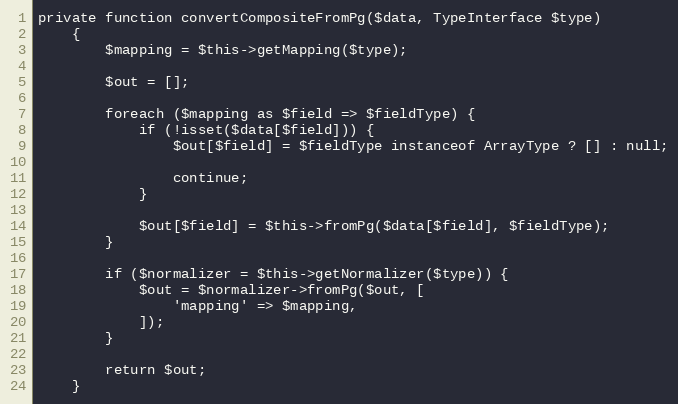
Language: PHP
private function convertCompositeFromPg($data, TypeInterface $type)
    {
        $mapping = $this->getMapping($type);

        $out = [];

        foreach ($mapping as $field => $fieldType) {
            if (!isset($data[$field])) {
                $out[$field] = $fieldType instanceof ArrayType ? [] : null;

                continue;
            }

            $out[$field] = $this->fromPg($data[$field], $fieldType);
        }

        if ($normalizer = $this->getNormalizer($type)) {
            $out = $normalizer->fromPg($out, [
                'mapping' => $mapping,
            ]);
        }

        return $out;
    }